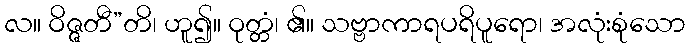
လ။ ဝိဇ္ဇတီ”တိ၊ ဟူ၍။ ဝုတ္တံ၊ ၏။ သဗ္ဗာကာရပရိပူရော၊ အလုံးစုံသော